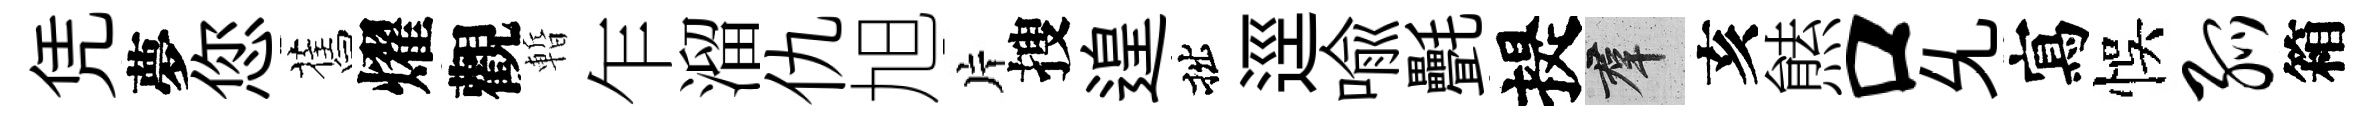
凭夢您舊燿觀暫乍溜仇旭片搜遑拙逕喻㲲提群亥㷱口𠃔寫悞弧箱